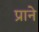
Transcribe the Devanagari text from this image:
प्राने